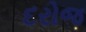
દરોજ